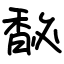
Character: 馝